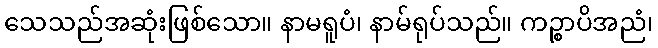
သေသည်အဆုံးဖြစ်သော။ နာမရူပံ၊ နာမ်ရုပ်သည်။ ကဉ္စာပိအညံ၊